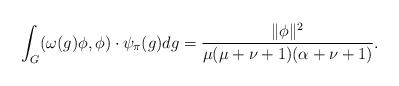
LaTeX: \begin{align*}\int_G(\omega(g)\phi,\phi) \cdot \psi_{\pi}(g)dg=\frac{\|\phi\|^2}{\mu(\mu+\nu+1)(\alpha+\nu+1)}.\end{align*}